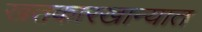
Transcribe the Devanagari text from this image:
खतकारखान्यात